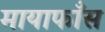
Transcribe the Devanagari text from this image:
मायाफाँस